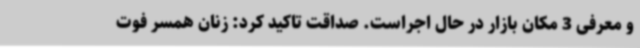
و معرفی 3 مکان بازار در حال اجراست. صداقت تاکید کرد: زنان همسر فوت